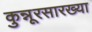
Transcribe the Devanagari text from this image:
कुन्नूरसारख्या